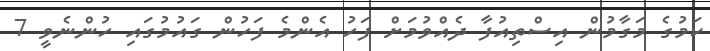
ކަމުގެ މަގާމުން އިސްތިއުފާ ދެއްވުމަށް ފަހު އެންމެ ފަހުން ގައުމުގައި ހުންނެވީ 7